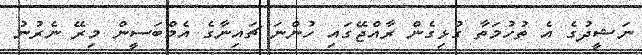
ނަޝީދުގެ އެ ތުހުމަތާ ގުޅިގެން ރާއްޖޭގައި ހުންނަ ޗައިނާގެ އެމްބަސީން މިރޭ ނެރުނު